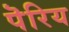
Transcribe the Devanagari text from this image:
पॆरिय